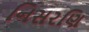
નિસરણિ